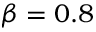
\beta = 0 . 8